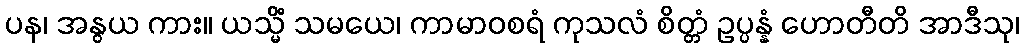
ပန၊ အနွယ ကား။ ယသ္မိံ သမယေ၊ ကာမာဝစရံ ကုသလံ စိတ္တံ ဥပ္ပန္နံ ဟောတီတိ အာဒီသု၊